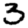
Digit: 3